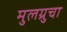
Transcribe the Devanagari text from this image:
मुलग्रुचा